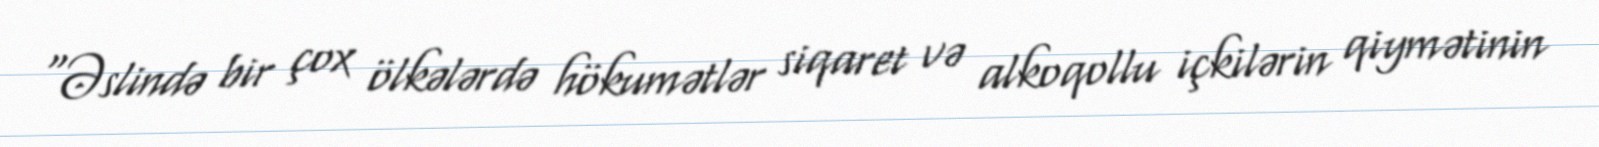
“Əslində bir çox ölkələrdə hökumətlər siqaret və alkoqollu içkilərin qiymətinin